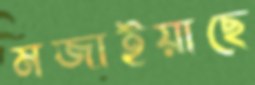
মজাইয়াছে